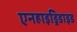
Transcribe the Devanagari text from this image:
एनहाइड्रिडाइड